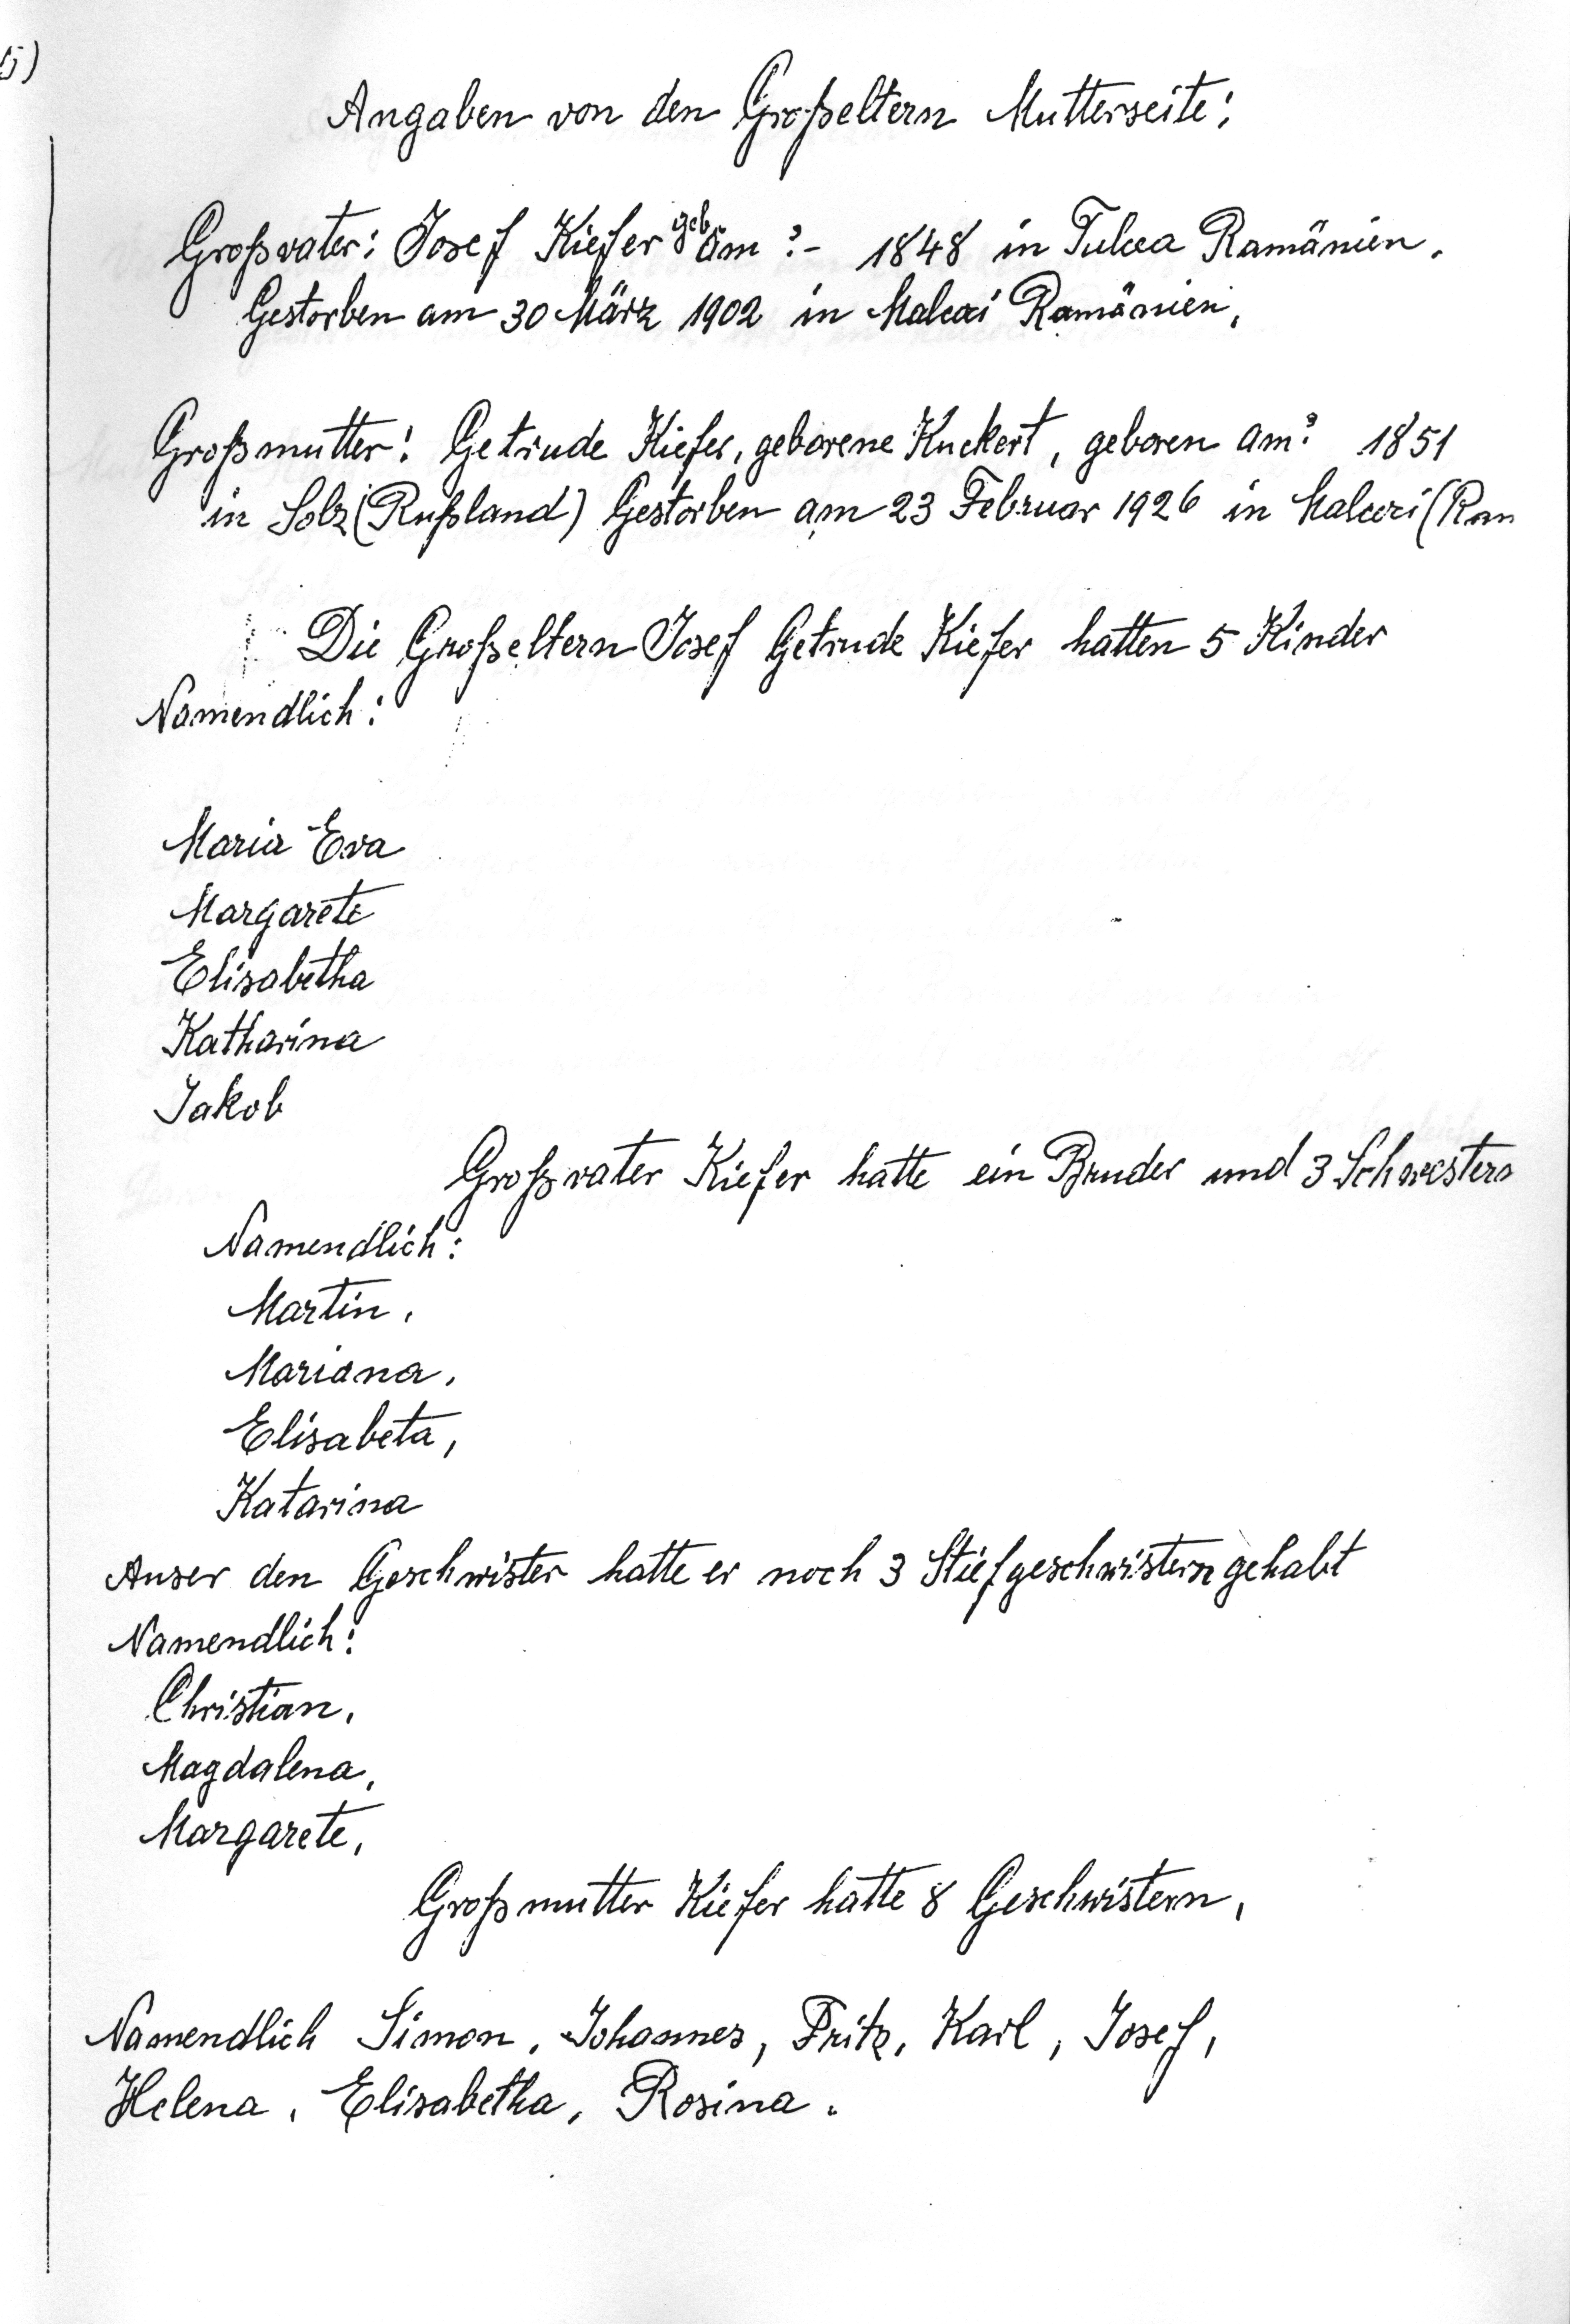
Angaben von den Großeltern Mutterseite:
Großvater: Josef Kiefer geb am ? 1848 in Tulcea Rumänien.
Gestorben am 30 März 1902 in Malcoci Romänien
Großmutter: Getrude Kiefer, geborene Kuckert, geboren am ? 1851
in Solz (Rußland) Gestorben am 23. Februar 1926 in Malcoci (Rum
Die Großeltern Josef Getrude Kiefer hatten 5 Kinder
Namendlich:
Maria Eva
Margarete
Elisabetha
Katharina
Jakob
Großvater Kiefer hatte ein Bruder und 3 Schwestern
Namendlich:
Martin,
Mariana,
Elisabeta,
Katarina
Auser den Geschwister hatte er noch 3 Stiefgeschwistern gehabt
Namendlich:
Christian,
Magdalena,
Margarete,
Großmutter Kiefer hatte 8 Geschwistern,
Namendlich Simon, Johannes, Fritz, Karl, Josef,
Helena, Elisabetha, Rosina